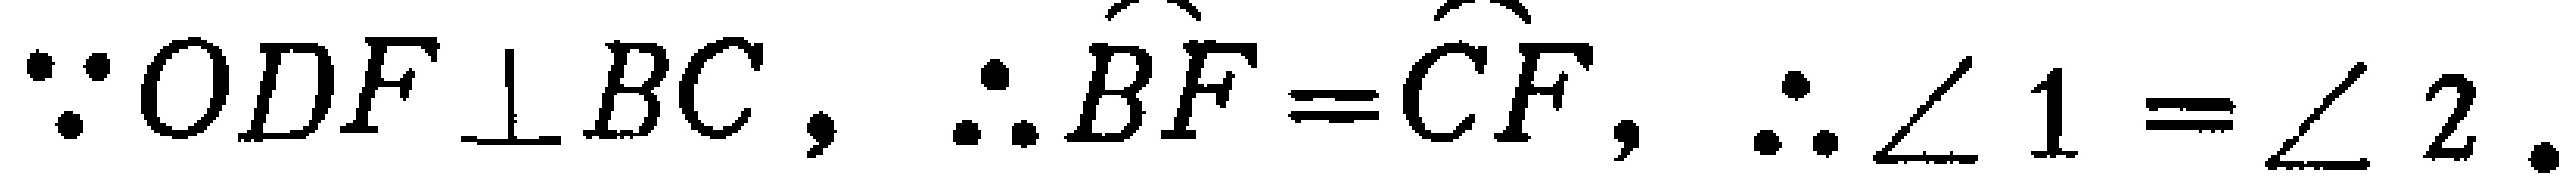
\(\because ODF\perp BC,\therefore \overset{\frown}{BF}=\overset{\frown}{CF},\therefore \angle 1 = \angle 2.\)